Leaving Certificate, 1898
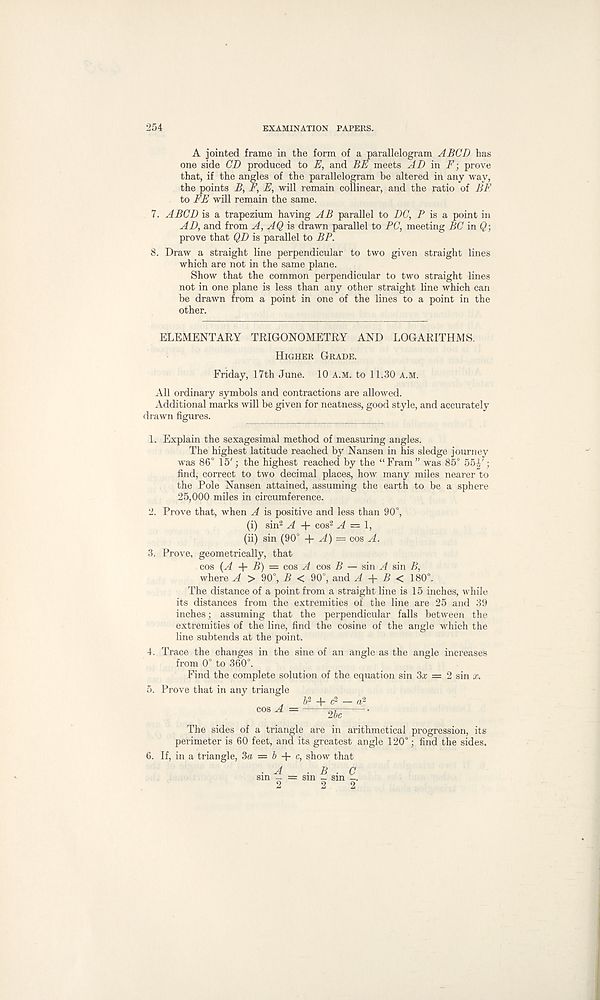
254
EXAMINATION PAPERS.
A jointed frame in the form of a parallelogram ABCD has
one side CD produced to E, and BE meets AD in F ■ , prove
that, if the angles of the parallelogram be altered in any way,
the points B, E, E, will remain collinear, and the ratio of BE
to FE will remain the same.
7. ABCD is a trapezium having AB parallel to DC, P is a point in
AD, and from A, AQ is drawn parallel to PC, meeting BC in Q-,
prove that QD is parallel to BP.
8. Draw a straight line perpendicular to two given straight lines
which are not in the same plane.
Show that the common perpendicular to two straight lines
not in one plane is less than any other straight line which can
be drawn from a point in one of the lines to a point in the
other.
ELEMENTARY TRIGONOMETRY AND LOGARITHMS.
Higher Grade.
Friday, 17th June. 10 a.m. to 11.30 a.m.
All ordinary symbols and contractions are allowed.
Additional marks will be given for neatness, good style, and accurately
drawn figures.
1. Explain the sexagesimal method of measuring angles.
The highest latitude reached by Nansen in his sledge journey
was 86° 15'; the highest reached by the “Fram” was 85° 55|';
find, correct to two decimal places, how many miles nearer *to
the Pole Nansen attained, assuming the earth to be a sphere
25,000 miles in circumference.
2. Prove that, when A is positive and less than 90°,
(i) sin 2 A + cos 2 A —
(ii) sin (90° + A) — cos A.
3. Prove, geometrically, that
cos (A B) = cos A cos B — sin ^4 sin B,
where A > 90°, B < 90°, and A + B < 180°.
The distance of a point from a straight line is 15 inches, while
its distances from the extremities of the line are 25 and 39
inches; assuming that the perpendicular falls between the
extremities of the line, find the cosine of the angle which the
line subtends at the point.
4. Trace the changes in the sine of an angle as the angle increases
from 0° to 360°.
Find the complete solution of the equation sin 3a; = 2 sin x.
5. Prove that in any triangle J2 + c 2 _ a 2
cos A = - 2bc
The sides of a triangle are in arithmetical progression, its
perimeter is 60 feet, and its greatest angle 120°; find the sides.
6. If, in a triangle, 3a ■ = b + c, show that
A _ . B . C